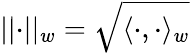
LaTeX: \lvert\lvert\cdot\rvert\rvert_{w}=\sqrt{\langle\cdot,\cdot\rangle_{w}}